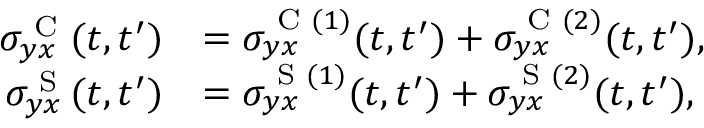
\begin{array} { r l } { \sigma _ { y x } ^ { \textrm { C } } ( t , t ^ { \prime } ) } & { = \sigma _ { y x } ^ { \textrm { C } ( 1 ) } ( t , t ^ { \prime } ) + \sigma _ { y x } ^ { \textrm { C } ( 2 ) } ( t , t ^ { \prime } ) , } \\ { \sigma _ { y x } ^ { \textrm { S } } ( t , t ^ { \prime } ) } & { = \sigma _ { y x } ^ { \textrm { S } ( 1 ) } ( t , t ^ { \prime } ) + \sigma _ { y x } ^ { \textrm { S } ( 2 ) } ( t , t ^ { \prime } ) , } \end{array}